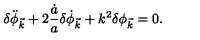
\delta \ddot { \phi } _ { \vec { k } } + 2 \frac { \dot { a } } { a } \delta \dot { \phi } _ { \vec { k } } + k ^ { 2 } \delta \phi _ { \vec { k } } = 0 .